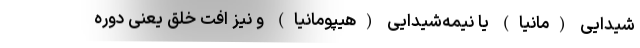
شیدایی (مانیا) یا نیمه‌شیدایی (هیپومانیا) و نیز افت خلق یعنی دوره